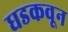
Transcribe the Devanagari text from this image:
धडकवून